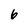
Character: 6